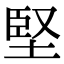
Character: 堅